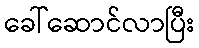
ခေါ်ဆောင်လာပြီး